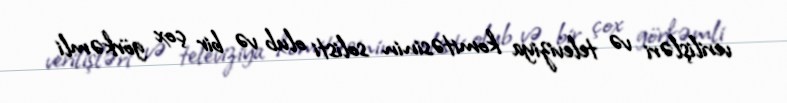
verilişləri və televiziya komitəsinin solisti olub və bir çox görkəmli